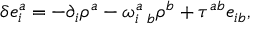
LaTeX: \delta e _ { i } ^ { a } = - \partial _ { i } \rho ^ { a } - \omega _ { i \; \; b } ^ { a } \rho ^ { b } + \tau ^ { a b } e _ { i b } ,